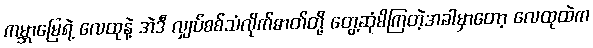
ကမ္ဘာမြေရဲ့ လေထုနဲ့ အဲဒီ လျှပ်စစ်သံလိုက်ဓာတ်တို့ တွေ့ဆုံမိကြတဲ့အခါမှာတော့ လေထုထဲက